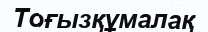
Тоғызқұмалақ